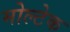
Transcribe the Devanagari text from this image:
मोल्टेक